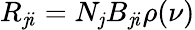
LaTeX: R_{\mathit{j}i}=N_{\mathit{j}}B_{\mathit{j}i}\rho(\nu)